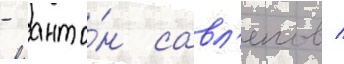
- анто́н савл'епов /